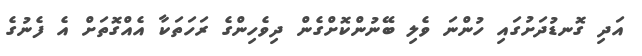
އަދި ގޮނޑުދަށުގައި ހުންނަ ވެލި ބޭނުންކޮށްގެން ދިވެހިންގެ ރަހަތަކާ އެއްގޮތަށް އެ ފެނުގެ